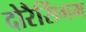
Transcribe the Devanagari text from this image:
दोरैसिंगम